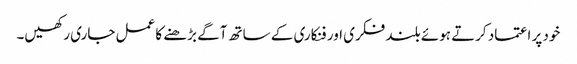
خود پر اعتماد کرتے ہوئے بلند فکری اور فنکاری کے ساتھ آگے بڑھنے کا عمل جاری رکھیں۔